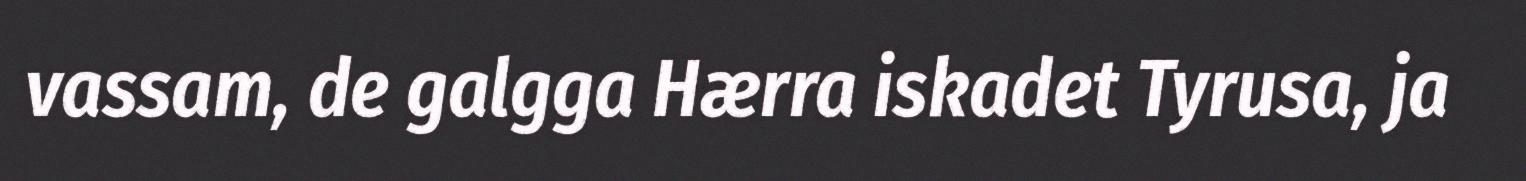
vassam, de galgga Hærra iskadet Tyrusa, ja